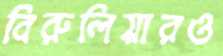
বিরুলিয়ারও